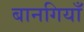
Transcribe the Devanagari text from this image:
बानगियाँ